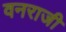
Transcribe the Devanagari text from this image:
वनराजी